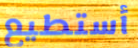
أستطيع